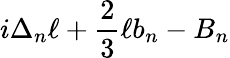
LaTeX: i\Delta_{n}\ell+{\frac{2}{3}}\ell b_{n}-B_{n}